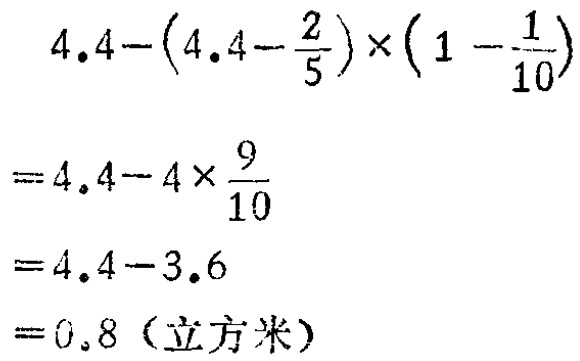
\[

\begin{align*}

&4.4 - \left(4.4 - \frac{2}{5}\right)\times\left(1 - \frac{1}{10}\right)\\

=&4.4 - 4\times\frac{9}{10}\\

=&4.4 - 3.6\\

=&0.8 \text{（立方米）}

\end{align*}

\]